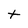
Character: t